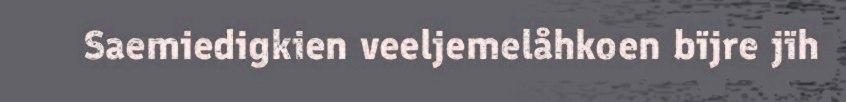
Saemiedigkien veeljemelåhkoen bïjre jïh